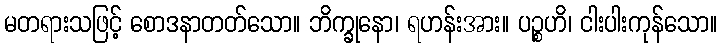
မတရားသဖြင့် စောဒနာတတ်သော။ ဘိက္ခုနော၊ ရဟန်းအား။ ပဉ္စဟိ၊ ငါးပါးကုန်သော။